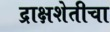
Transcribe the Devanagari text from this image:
द्राक्षशेतीचा